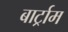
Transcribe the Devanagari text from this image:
बार्ट्राम